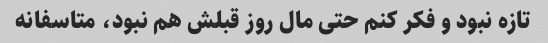
تازه نبود و فکر کنم حتی مال روز قبلش هم نبود، متاسفانه